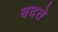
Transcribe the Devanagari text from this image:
बदते